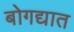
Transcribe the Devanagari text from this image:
बोगद्यात